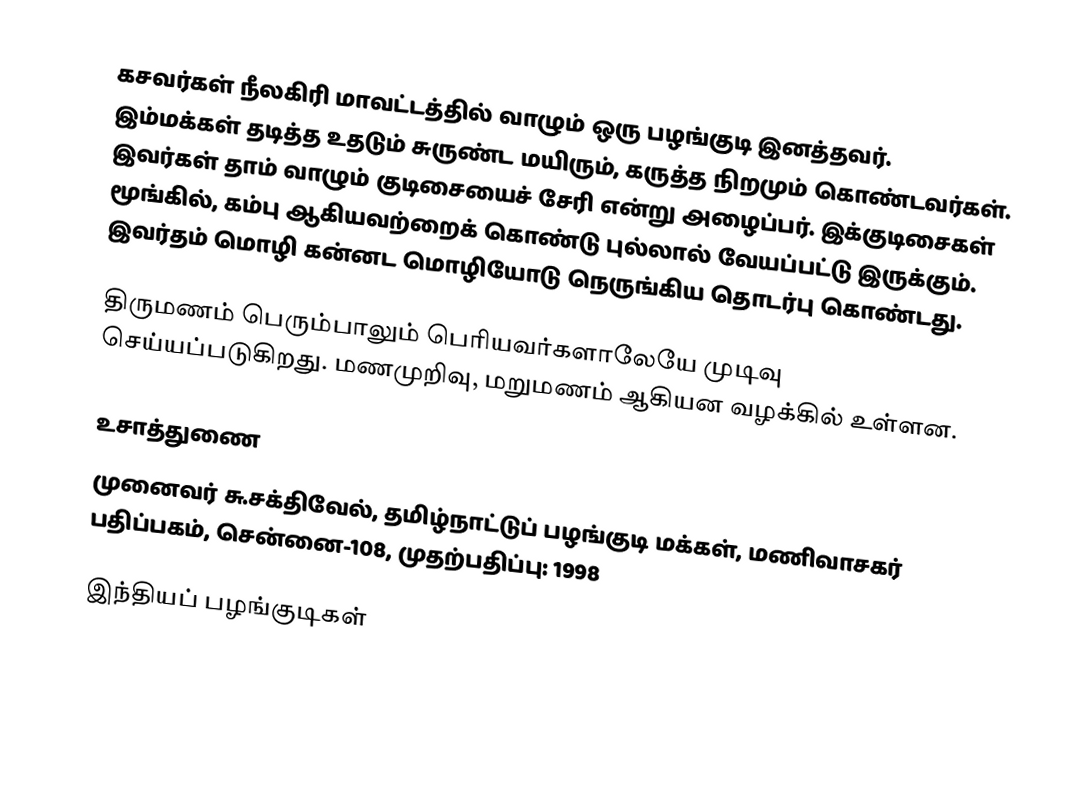
கசவர்கள் நீலகிரி மாவட்டத்தில் வாழும் ஒரு பழங்குடி இனத்தவர். இம்மக்கள் தடித்த உதடும் சுருண்ட மயிரும், கருத்த நிறமும் கொண்டவர்கள். இவர்கள் தாம் வாழும் குடிசையைச் சேரி என்று அழைப்பர். இக்குடிசைகள் மூங்கில், கம்பு ஆகியவற்றைக் கொண்டு புல்லால் வேயப்பட்டு இருக்கும். இவர்தம் மொழி கன்னட மொழியோடு நெருங்கிய தொடர்பு கொண்டது.

திருமணம் பெரும்பாலும் பெரியவர்களாலேயே முடிவு செய்யப்படுகிறது. மணமுறிவு, மறுமணம் ஆகியன வழக்கில் உள்ளன.

உசாத்துணை
 முனைவர் சு.சக்திவேல், தமிழ்நாட்டுப் பழங்குடி மக்கள்,  மணிவாசகர் பதிப்பகம், சென்னை-108, முதற்பதிப்பு: 1998

இந்தியப் பழங்குடிகள்